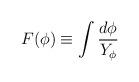
LaTeX: \begin{align*} F(\phi)\equiv\int{d\phi\over Y_\phi}\end{align*}